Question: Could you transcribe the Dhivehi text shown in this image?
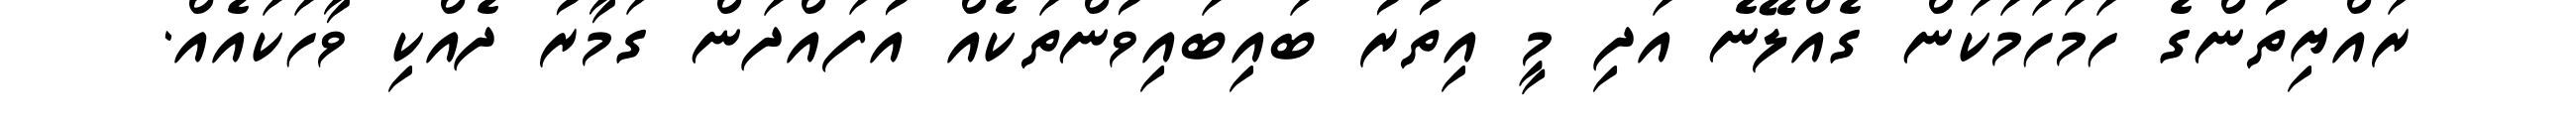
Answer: ރައްޔިތުންގެ ހަމަހަމަކަން ގެއްލޭނެ އަދި މީ އިތުރު ބައިބައިވުންތަކެއް އުފައްދަން ގަމާރު ދެއްކި ވާހަކައެއް.